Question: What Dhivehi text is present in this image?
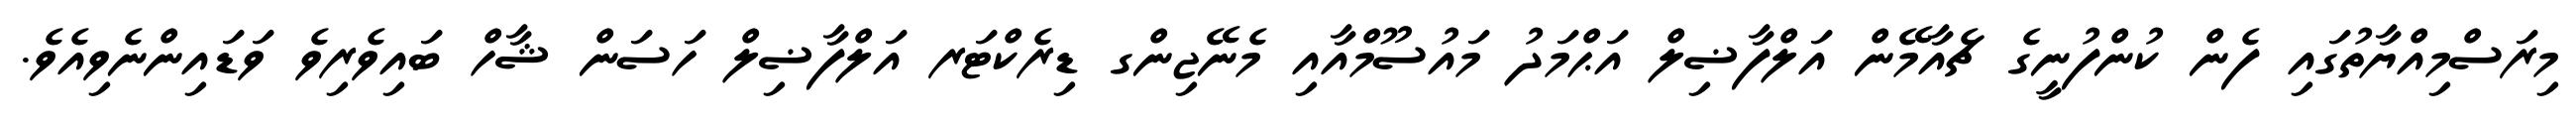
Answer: މިރަސްމިއްޔާތުގައި ފެން ކުންފުނީގެ ޗެއާމޭން އަލްފާޟިލް އަޙްމަދު މައުސޫމްއާއި މެނޭޖިންގ ޑިރެކްޓަރ އަލްފާޟިލް ހަސަން ޝާހް ބައިވެރިވެ ވަޑައިންނެވިއެވެ.